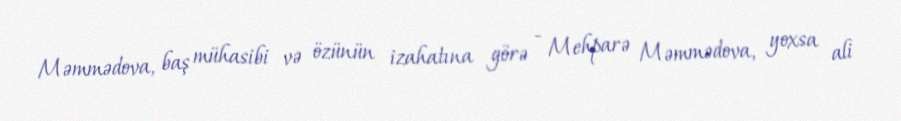
Məmmədova, baş mühasibi və özünün izahatına görə - Mehparə Məmmədova, yoxsa ali